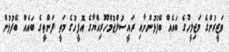
ވަޒީރުންގެ މަޖިލީހުގެ ބައެއް ބޭފުޅުންނާއި ރައީސުލްޖުމްހޫރިއްޔާގެ އޮފީހުގެ މަތީ ފަންތީގެ ބައެއް ބޭފުޅުން